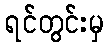
ရင်တွင်းမှ